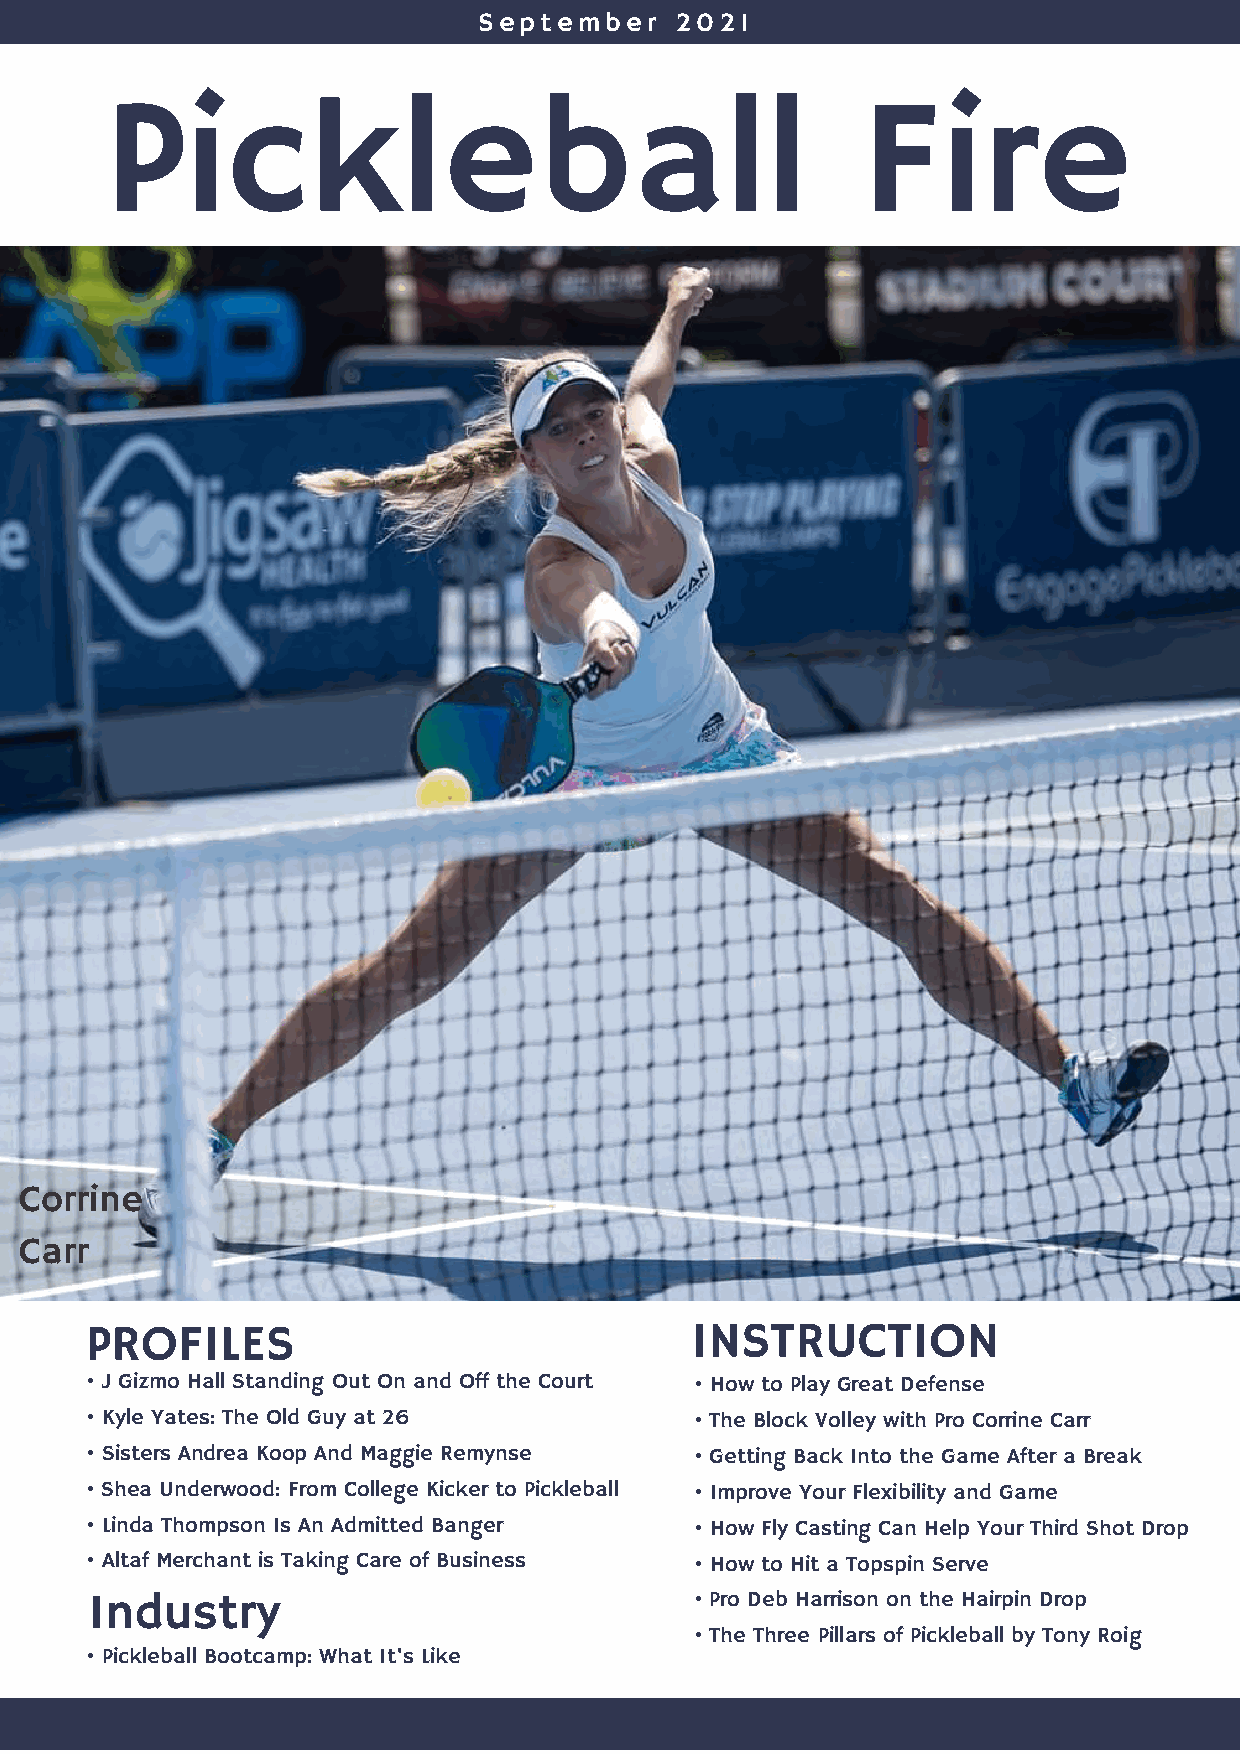
September    2021
 Pickleball                                        Fire
 Corrine
 Photo by
 Belinda Dettman
 Carr
 PROFILES                                INSTRUCTION
 • J Gizmo Hall Standing Out On and Off the Court • How to Play Great Defense
 • Kyle Yates: The Old Guy at 26         • The Block Volley with Pro Corrine Carr
 • Sisters Andrea Koop And Maggie Remynse • Getting Back Into the Game After a Break
 • Shea Underwood: From College Kicker to Pickleball • Improve Your Flexibility and Game
 • Linda Thompson Is An Admitted Banger  • How Fly Casting Can Help Your Third Shot Drop
 • Altaf Merchant is Taking Care of Business • How to Hit a Topspin Serve
 Industry                                • Pro Deb Harrison on the Hairpin Drop
 • The Three Pillars of Pickleball by Tony Roig
 • Pickleball Bootcamp: What It's Like